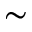
{ \sim }